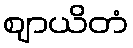
ဈာယိတံ